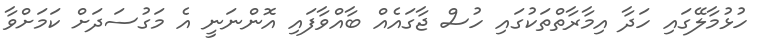
ހުޅުމާލޭގައި ހަދާ އިމާރާތްތަކުގައި ހުސް ޖާގައެއް ބާއްވާފައި އޮންނަނީ އެ މަގުސަދަށް ކަމަށްވާ